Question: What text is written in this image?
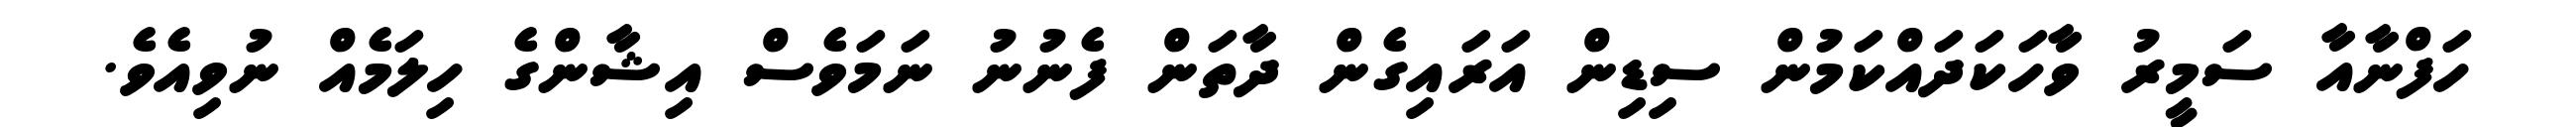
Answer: ހަފްނާއާ ސަމީރު ވާހަކަދައްކަމުން ސިޑިން އަރައިގެން ދާތަން ފެނުނު ނަމަވެސް އިޝާންގެ ހިލަމެއް ނުވިއެވެ.